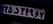
۲۵د۴۴۹۶۷